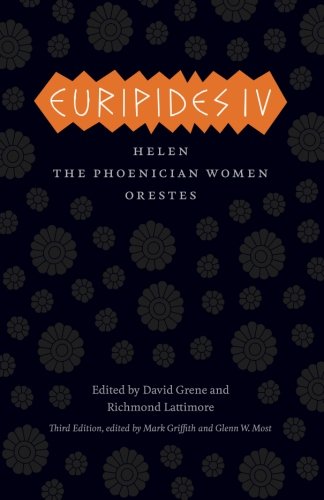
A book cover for Euripides IV: Helen, The Phoenician Women, Orestes (The Complete Greek Tragedies); Euripides; Literature & Fiction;